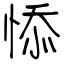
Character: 悿